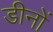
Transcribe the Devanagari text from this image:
डीनों